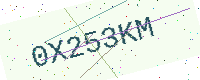
Text: 0X253KM